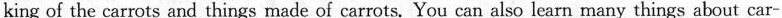
king of the carrots and things made of carrots. You can also learn many things about car-